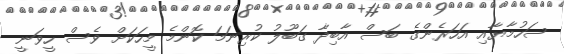
ސަހުމާޔާއި އަހަރެންގެ ބަސް އާބިދާ ގަބޫލު ކުރިނަމަ ކޮންމެ މީހަކަށް ވެސް ހީވަނީ